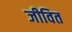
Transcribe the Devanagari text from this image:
जीवित